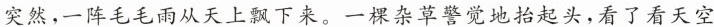
突然，一阵毛毛雨从天上飘下来。一棵杂草警觉地抬起头，看了看天空